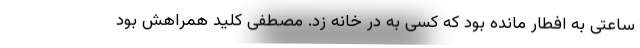
ساعتی به افطار مانده بود که کسی به در خانه زد. مصطفی کلید همراهش بود